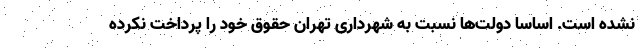
نشده است. اساسا دولت‌ها نسبت به شهرداری تهران حقوق خود را پرداخت نکرده